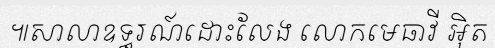
៕សាលាឧទ្ធរណ៍ដោះលែង លោកមេធាវី អ៊ិត